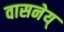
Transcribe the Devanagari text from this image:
वासनेय्